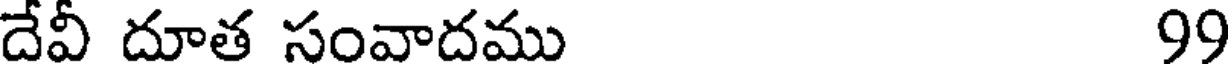
దేవీ దూత సంవాదము 99